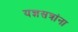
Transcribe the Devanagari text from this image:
यज्ञसत्रांना